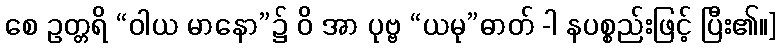
စေ ဥတ္တရိ “ဝါယ မာနော”၌ ဝိ အာ ပုဗ္ဗ “ယမု”ဓာတ် -ါ နပစ္စည်းဖြင့် ပြီး၏။]